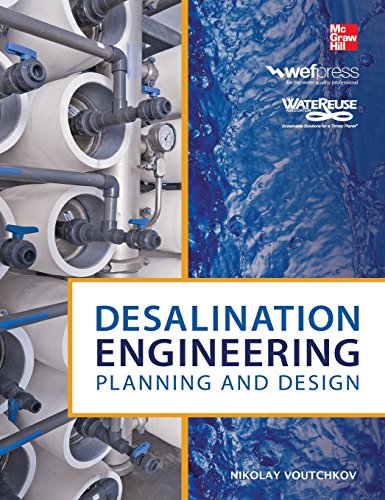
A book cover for Desalination Engineering: Planning and Design; Nikolay Voutchkov; Science & Math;